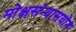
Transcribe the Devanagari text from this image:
मोक्षसंन्यासयोग